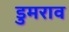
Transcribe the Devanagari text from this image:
डुमराव